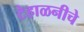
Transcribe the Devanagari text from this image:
टेहाळनीचे